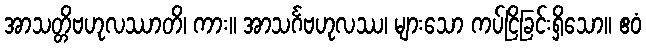
အာသတ္တိဗဟုလဿာတိ၊ ကား။ အာသင်္ဂဗဟုလဿ၊ များသော ကပ်ငြိခြင်းရှိသော။ ဧဝံ